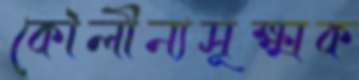
কৌলীন্যসূক্ষ্মক